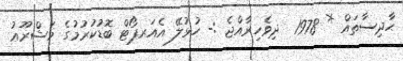
ޙާދިސާތައް * 1978  ދިވެހިރާއްޖެ :- ހުޅުލޭ އެއަރޕޯޓް ބޮޑުކުރުމުގެ މަޝްރޫޢު